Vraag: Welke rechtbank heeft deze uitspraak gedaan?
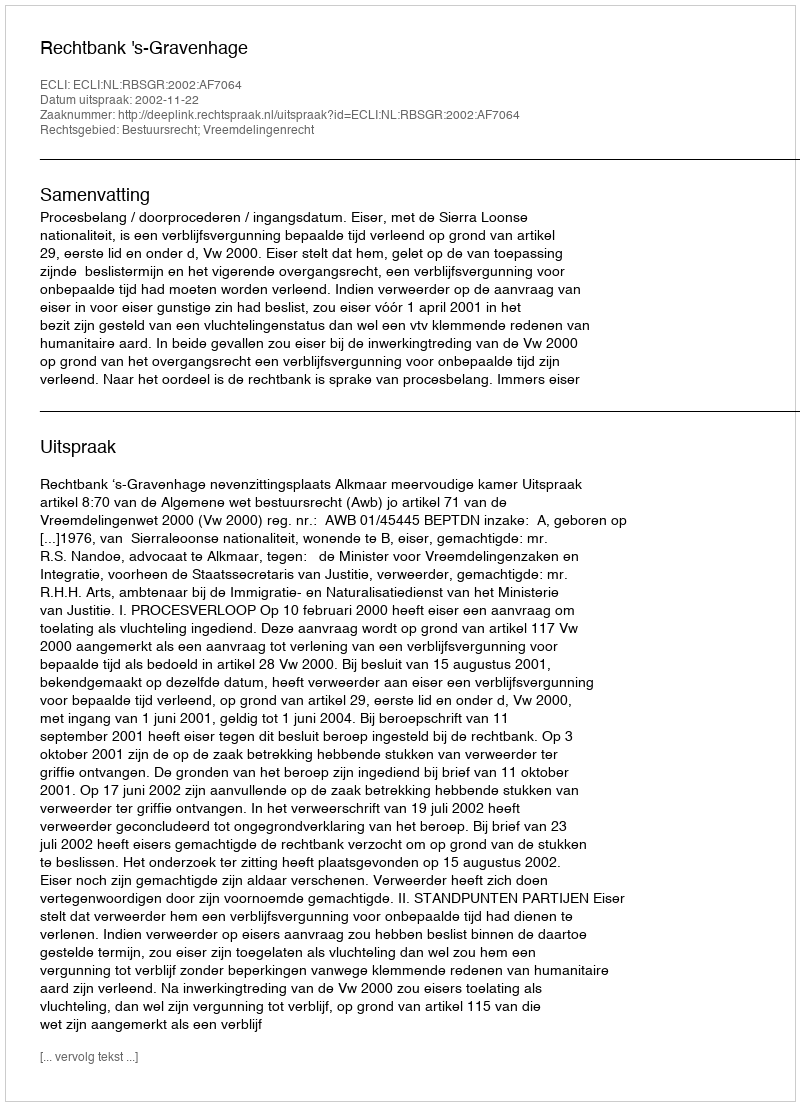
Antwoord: Rechtbank 's-Gravenhage